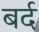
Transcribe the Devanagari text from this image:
बर्द